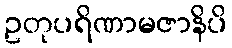
ဥတုပရိဏာမဇာနိပိ